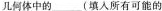
几何体中的___(填入所有可能的